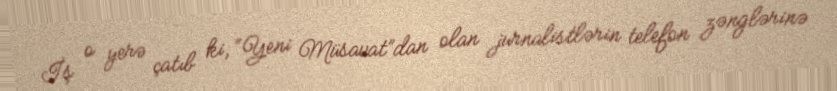
İş o yerə çatıb ki, “Yeni Müsavat”dan olan jurnalistlərin telefon zənglərinə